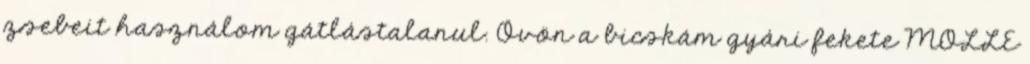
zsebeit használom gátlástalanul. Övön a bicskám gyári fekete MOLLE